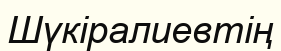
Шүкіралиевтің